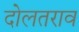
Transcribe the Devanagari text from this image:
दोलतराव